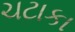
ચટાકા